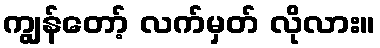
ကျွန်တော့် လက်မှတ် လိုလား။